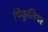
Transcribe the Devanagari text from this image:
पिकुलियर